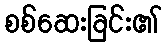
စစ်ဆေးခြင်း၏